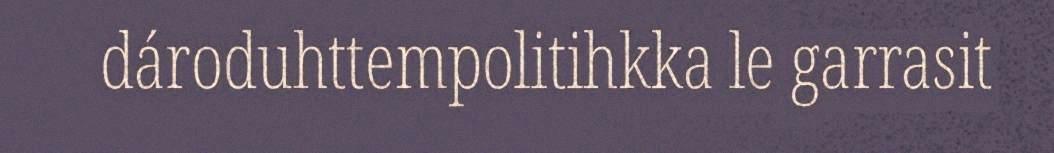
dároduhttempolitihkka le garrasit